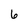
Character: 6